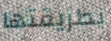
بطريقتها